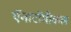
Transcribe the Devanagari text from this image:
ऍनाटॉमीकल